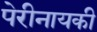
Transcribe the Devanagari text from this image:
पेरीनायकी